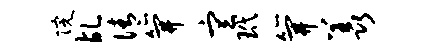
院乩倩笄宣玳笄羡